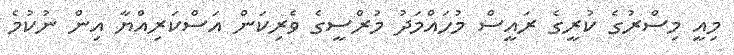
މިއީ މިސްރުގެ ކުރީގެ ރައީސް މުހައްމަދު މުރްސީގެ ވެރިކަން އަސްކަރިއްޔާ އިން ނުކުމެ